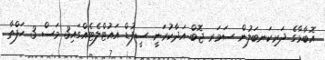
އޮބާމާގެ ދަރިކަނބަލުން ސަމަރ ޖޮބް އަދާކުރަނީ ސީފުޑް އައުޓްލެޓެއްގައި3 މަސް 3 ހަފްތާ